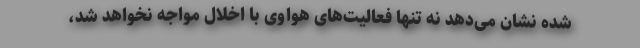
شده نشان می‌دهد نه تنها فعالیت‌های هواوی با اخلال مواجه نخواهد شد،